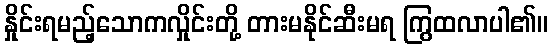
နှိုင်းရမည့်သောကလှိုင်းတို့ တားမနိုင်ဆီးမရ ကြွထလာပါ၏။